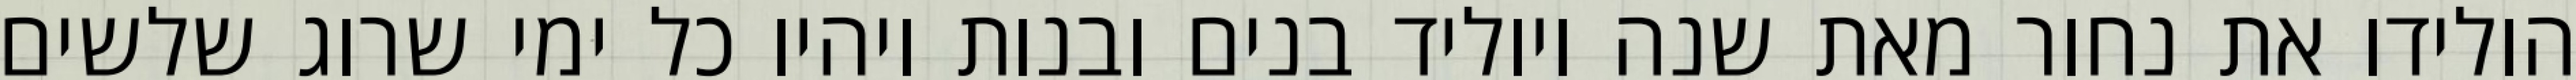
הולידו את נחור מאת שנה ויוליד בנים ובנות ויהיו כל ימי שרוג שלשים